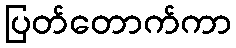
ပြတ်တောက်ကာ